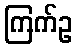
ကြက်ဥ